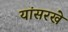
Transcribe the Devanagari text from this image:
यांसरखे